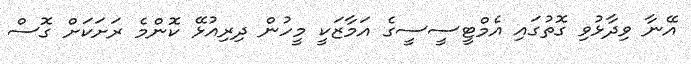
އޭނާ ވިދާޅުވި ގޮތުގައި އެމްޓީސީސީގެ އަމާޒަކީ މީހުން ދިރިއުޅޭ ކޮންމެ ރަށަކަށް ގޮސް